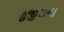
હજીરાના